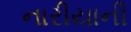
નારીયાની